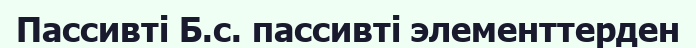
Пассивті Б.с. пассивті элементтерден